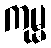
ကုမ္မ